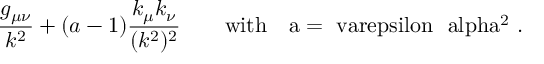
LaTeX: { \frac { g _ { \mu \nu } } { k ^ { 2 } } } + ( a - 1 ) { \frac { k _ { \mu } k _ { \nu } } { ( k ^ { 2 } ) ^ { 2 } } } \quad \quad \mathrm { w i t h ~ ~ ~ a = \ v a r e p s i l o n ~ \ a l p h a ^ { 2 } ~ . }